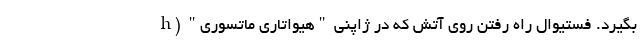
بگیرد. فستیوال راه رفتن روی آتش که در ژاپنی "هیواتاری ماتسوری" (h